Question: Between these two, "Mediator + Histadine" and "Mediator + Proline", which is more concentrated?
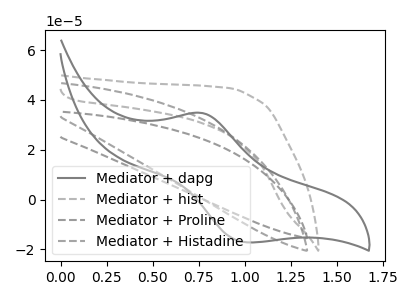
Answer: <think>The gray curve "Mediator + dapg" has an anodic peak at (0.75V, 34.80uA) and a cathodic peak at (1.00V, -17.15uA). The gray dashed curve "Mediator + hist" has no peaks. The gray dashed curve "Mediator + Proline" has no peaks. The gray dashed curve "Mediator + Histadine" has no peaks.
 Neither "Mediator + Histadine" or "Mediator + Proline" have any peaks.</think>
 <answer>I cant tell if "Mediator + Histadine" or "Mediator + Proline" has higher concentration.</answer>
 <eval>mixed_concentration</eval>